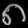
Digit: ၈